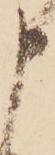
申